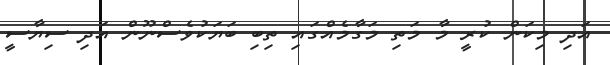
އަދި މިކަން ކުރީ މާ މަތި މަގާމެއްގައި ތިބި ބަޔަކުވެސްނޫން އަދި ސިޔާސީ